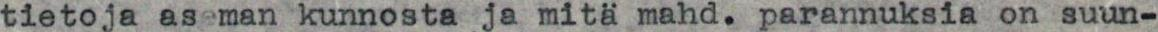
tietoja aseman kunnosta ja mitä mahd. parannuksia on suun-